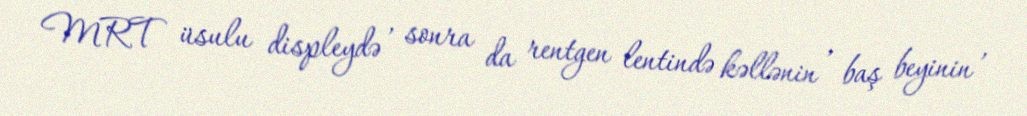
MRT üsulu displeydə , sonra da rentgen lentində kəllənin , baş beyinin ,